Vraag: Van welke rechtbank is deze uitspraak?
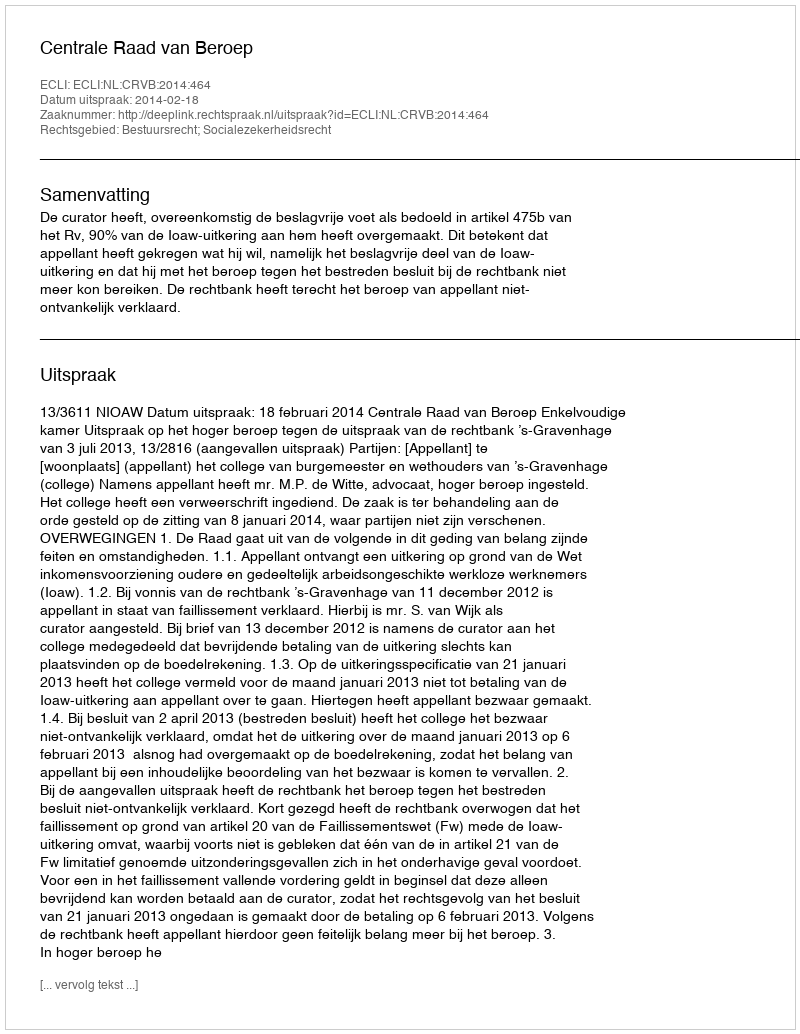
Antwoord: Centrale Raad van Beroep